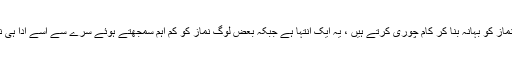
بعض لوگ نماز کو بہانہ بنا کر کام چوری کرتے ہیں ، یہ ایک انتہا ہے جبکہ بعض لوگ نماز کو کم اہم سمجھتے ہوئے سرے سے اسے ادا ہی نہیں کرتے ۔